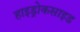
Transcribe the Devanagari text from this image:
हाइड्रोकसाइड